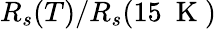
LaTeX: R_{s}(T)/R_{s}(15~\mathrm{~K~})